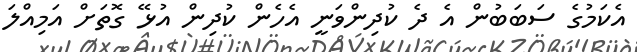
އެކަމުގެ ސަބަބުން އެ ދެ ކުދިންވަނީ އެހެން ކުދިން އުޅޭ ގޮތަށް އަމިއްލަ